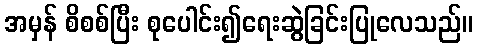
အမှန် စိစစ်ပြီး စုပေါင်း၍ရေးဆွဲခြင်းပြုလေသည်။